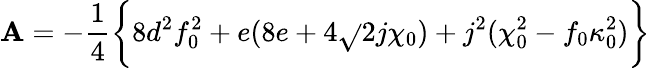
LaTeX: \mathbf{A}=-{\frac{{1}}{{4}}}\biggl\{ 8d^{2}f_{0}^{2}+e(8e+4\sqrt{}{2}j\chi_{0})+j^{2}(\chi_{0}^{2}-f_{0}\kappa_{0}^{2})\biggr\}